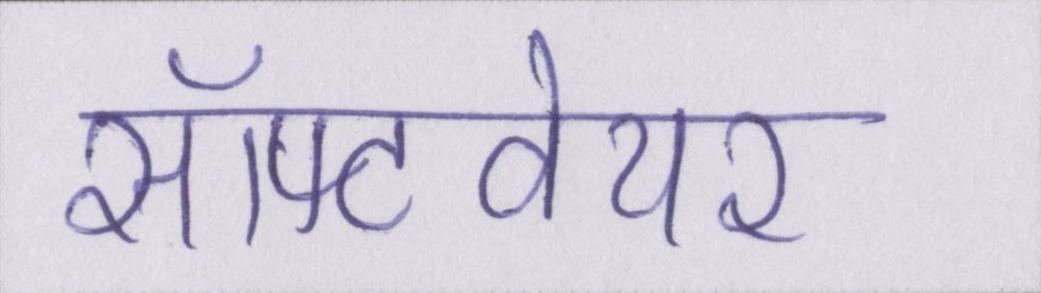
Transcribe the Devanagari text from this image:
सॉफ्टवेयर